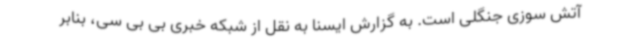
آتش سوزی جنگلی است. به گزارش ایسنا به نقل از شبکه خبری بی بی سی، بنابر